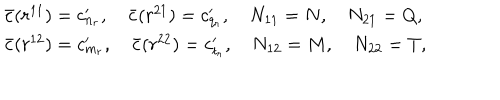
LaTeX: \begin{array} { l } { { \bar { c } ( r ^ { 1 1 } ) = c _ { n _ { r } } ^ { \prime } , \quad \bar { c } ( r ^ { 2 1 } ) = c _ { q _ { r } } ^ { \prime } , \quad N _ { 1 1 } = N , \quad N _ { 2 1 } = Q , } } \\ { { \bar { c } ( r ^ { 1 2 } ) = c _ { m _ { r } } ^ { \prime } , \quad \bar { c } ( r ^ { 2 2 } ) = c _ { t _ { r } } ^ { \prime } , \quad N _ { 1 2 } = M , \quad N _ { 2 2 } = T , } } \\ \end{array}